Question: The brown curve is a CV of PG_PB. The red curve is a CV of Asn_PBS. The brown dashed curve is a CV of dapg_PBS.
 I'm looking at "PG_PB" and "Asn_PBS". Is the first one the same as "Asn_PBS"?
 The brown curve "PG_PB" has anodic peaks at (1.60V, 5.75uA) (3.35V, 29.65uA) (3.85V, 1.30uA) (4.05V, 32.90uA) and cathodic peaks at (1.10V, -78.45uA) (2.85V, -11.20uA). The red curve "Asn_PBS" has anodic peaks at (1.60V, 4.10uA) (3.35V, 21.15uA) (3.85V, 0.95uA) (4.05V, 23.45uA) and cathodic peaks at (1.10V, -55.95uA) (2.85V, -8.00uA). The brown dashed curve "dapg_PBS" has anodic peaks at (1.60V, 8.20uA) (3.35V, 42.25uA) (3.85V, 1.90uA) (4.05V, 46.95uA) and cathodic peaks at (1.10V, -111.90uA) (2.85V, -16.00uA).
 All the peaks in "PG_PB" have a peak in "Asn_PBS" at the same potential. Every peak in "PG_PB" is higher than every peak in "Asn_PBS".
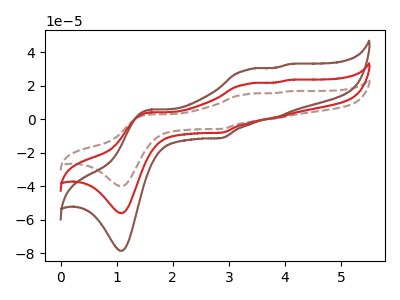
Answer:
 <answer>"PG_PB" and "Asn_PBS" are similar in shape.</answer>
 <eval>same_shape</eval>